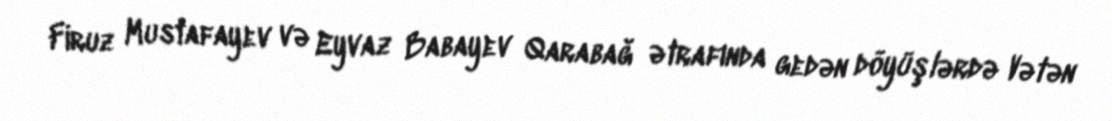
Firuz Mustafayev və Eyvaz Babayev Qarabağ ətrafında gedən döyüşlərdə Vətən